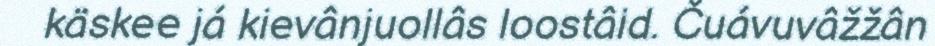
käskee já kievânjuollâs loostâid. Čuávuvâžžân